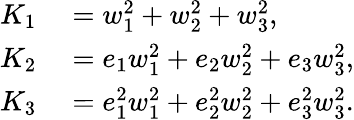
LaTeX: \begin{array}{rl}{K_{1}}&{{}=w_{1}^{2}+w_{2}^{2}+w_{3}^{2},}\\ {K_{2}}&{{}=e_{1}w_{1}^{2}+e_{2}w_{2}^{2}+e_{3}w_{3}^{2},}\\ {K_{3}}&{{}=e_{1}^{2}w_{1}^{2}+e_{2}^{2}w_{2}^{2}+e_{3}^{2}w_{3}^{2}.}\end{array}